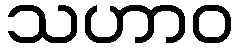
သဟာဝ